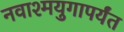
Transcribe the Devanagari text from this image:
नवाश्मयुगापर्यंत